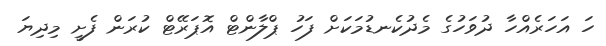
ހަ އަހަރެއްހާ ދުވަހުގެ މެދުކެނޑުމަކަށް ފަހު ޕްލާންޓް އޮޕަރޭޓް ކުރަން ފެށީ މިދިޔަ